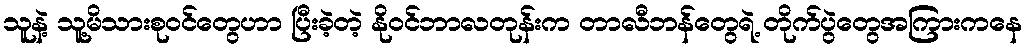
သူနဲ့ သူ့မိသားစုဝင်တွေဟာ ပြီးခဲ့တဲ့ နိုဝင်ဘာလတုန်းက တာလီဘန်တွေရဲ့ တိုက်ပွဲတွေအကြားကနေ